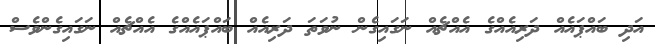
އަދި ބައްޕައެއް ދަރިއެއްގެ އެއްޗެއް ނަގައިގެން ނުވަތަ ދަރިއެއް ބައްޕައެއްގެ އެއްޗެއް ނަގައިގެންވެސް